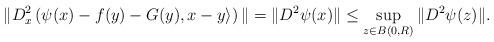
LaTeX: \begin{align*}\| D^2_{x}\left( \psi(x)-f(y)-G(y), x -y\rangle\right)\|=\|D^{2}\psi(x)\|\leq\sup_{z\in B(0, R)}\|D^2\psi(z)\|.\end{align*}